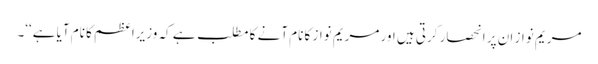
مریم نواز ان پر انحصار کرتی ہیں اور مریم نواز کا نام آنے کا مطلب ہے کہ وزیراعظم کا نام آیا ہے‘‘۔